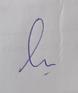
Signature authenticity: genuine